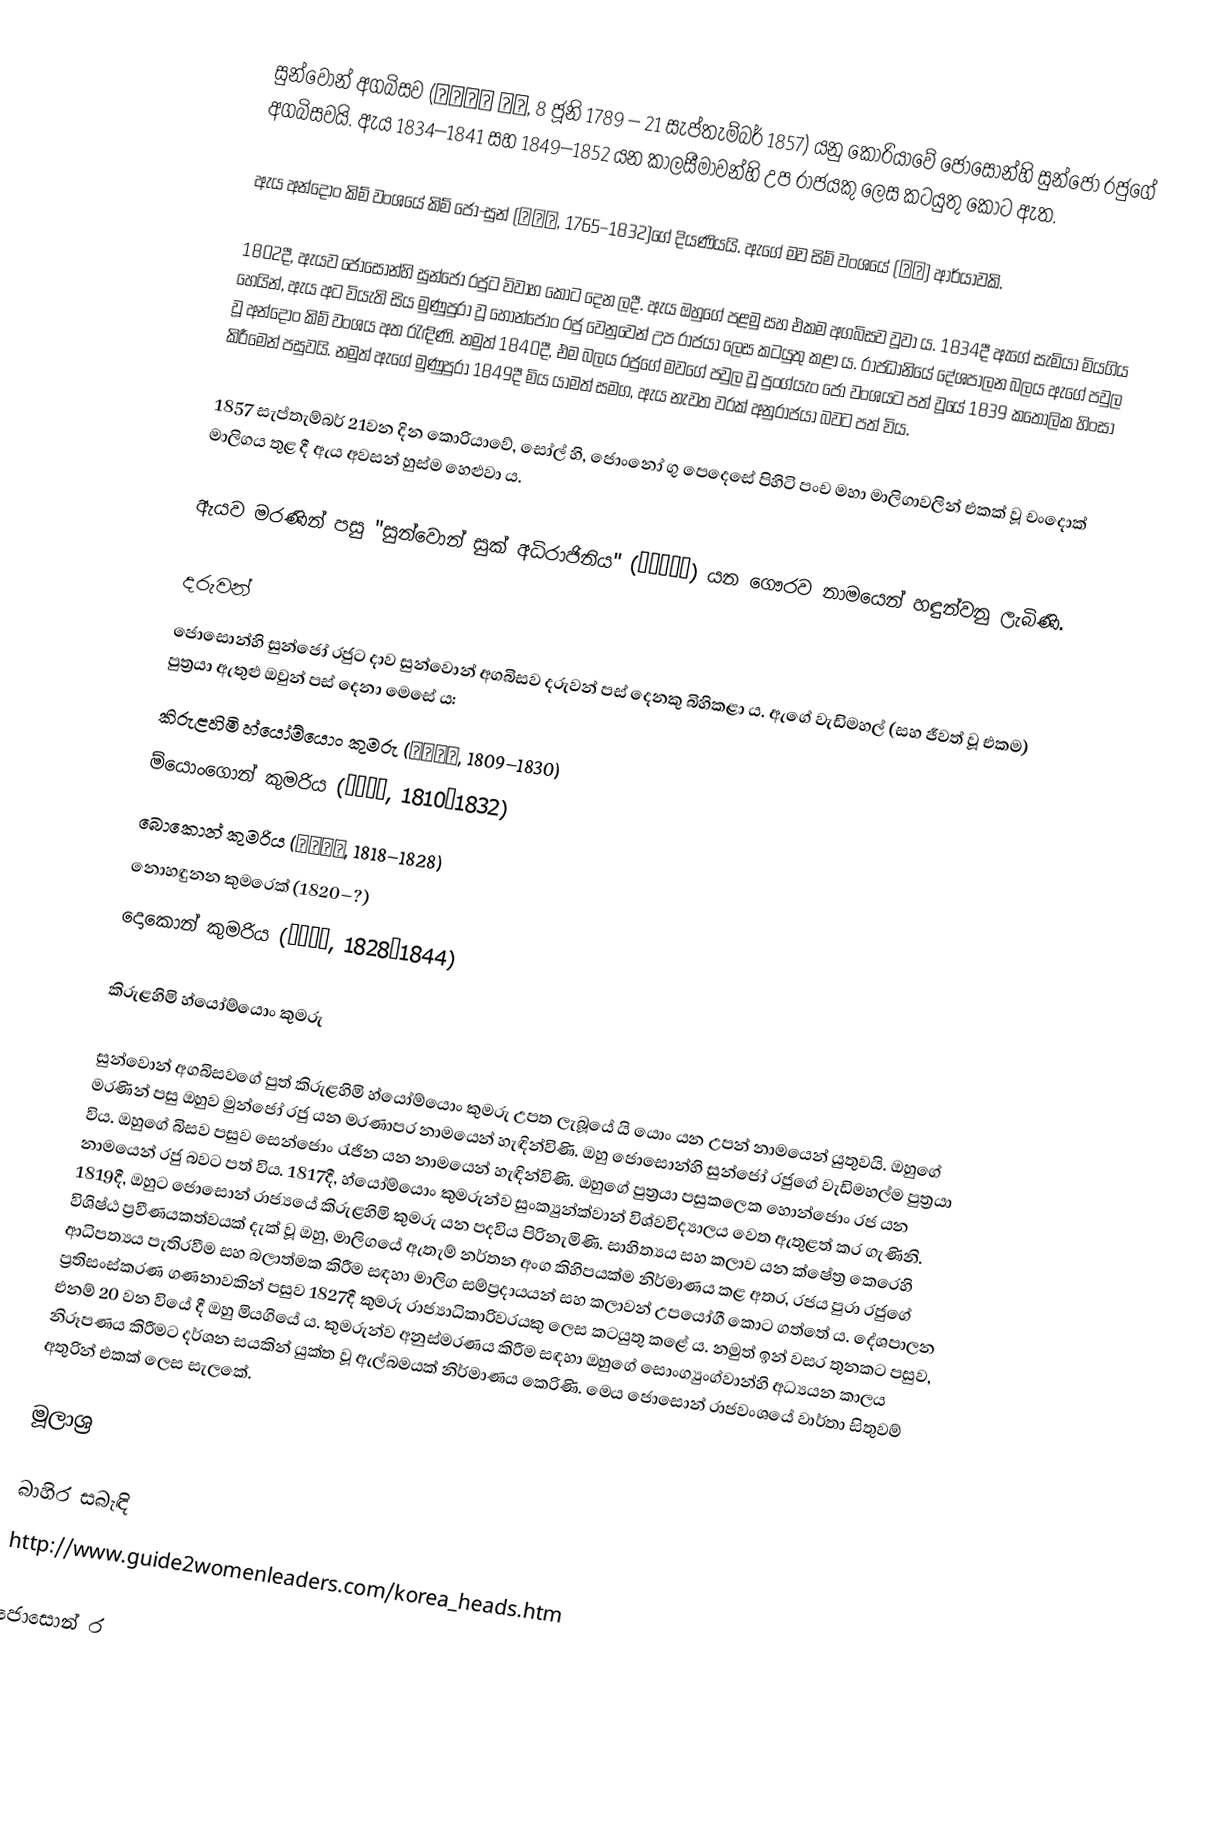
සුන්වොන් අගබිසව (순원왕후 김씨, 8 ජූනි 1789 – 21 සැප්තැම්බර් 1857) යනු කොරියාවේ ජොසොන්හි සුන්ජෝ රජුගේ අගබිසවයි. ඇය 1834–1841 සහ 1849–1852 යන කාලසීමාවන්හි උප රාජයකු ලෙස කටයුතු කොට ඇත.

ඇය අන්දොං කිම් වංශයේ කිම් ජෝ-සුන් (김조순, 1765–1832)ගේ දියණියයි. ඇගේ මව සිම් වංශයේ (심씨) ආර්යාවකි.

1802දී, ඇයව ජොසොන්හි සුන්ජෝ රජුට විවාහ කොට දෙන ලදී. ඇය ඔහුගේ පළමු සහ එකම අගබිසව වූවා ය. 1834දී ඇගේ සැමියා මියගිය හෙයින්, ඇය අට වියැති සිය මුණුපුරා වූ හොන්ජොං රජු වෙනුවෙන් උප රාජයා ලෙස කටයුතු කළා ය. රාජධානියේ දේශපාලන බලය ඇගේ පවුල වූ අන්දොං කිම් වංශය අත රැඳිණි. නමුත් 1840දී, එම බලය රජුගේ මවගේ පවුල වූ පුංග්යැං ජෝ වංශයට පත් වූයේ 1839 කතෝලික හිංසා කිරීමෙන් පසුවයි. නමුත් ඇගේ මුණුපුරා 1849දී මිය යාමත් සමග, ඇය නැවත වරක් අනුරාජයා බවට පත් විය.

1857 සැප්තැම්බර් 21වන දින කොරියාවේ, සෝල් හි, ජොංනෝ ගු පෙදෙසේ පිහිටි පංච මහා මාලිගාවලින් එකක් වූ චංදොක් මාලිගය තුළ දී ඇය අවසන් හුස්ම හෙළුවා ය.

ඇයව මරණින් පසු "සුන්වොන් සුක් අධිරාජිනිය" (순원숙황후) යන ගෞරව නාමයෙන් හඳුන්වනු ලැබිණි.

දරුවන්
ජොසොන්හි සුන්ජෝ රජුට දාව සුන්වොන් අගබිසව දරුවන් පස් දෙනකු බිහිකළා ය. ඇගේ වැඩිමහල් (සහ ජීවත් වූ එකම) පුත්‍රයා ඇතුළු ඔවුන් පස් දෙනා මෙසේ ය:
කිරුළහිමි හ්යෝම්යොං කුමරු (효명세자, 1809–1830)
ම්යොංගොන් කුමරිය (명온공주, 1810–1832)
බොකොන් කුමරිය (복온공주, 1818–1828)
නොහඳුනන කුමරෙක් (1820–?)
දොකොන් කුමරිය (덕온공주, 1828–1844)

කිරුළහිමි හ්යෝම්යොං කුමරු

සුන්වොන් අගබිසවගේ පුත් කිරුළහිමි හ්යෝම්යොං කුමරු උපත ලැබූයේ යි යොං යන උපන් නාමයෙන් යුතුවයි. ඔහුගේ මරණින් පසු ඔහුව මුන්ජෝ රජු යන මරණාපර නාමයෙන් හැඳින්විණි. ඔහු ජොසොන්හි සුන්ජෝ රජුගේ වැඩිමහල්ම පුත්‍රයා විය. ඔහුගේ බිසව පසුව සෙන්ජොං රැජින යන නාමයෙන් හැඳින්විණි. ඔහුගේ පුත්‍රයා පසුකලෙක හොන්ජොං රජ යන නාමයෙන් රජු බවට පත් විය. 1817දී, හ්යෝම්යොං කුමරුන්ව සුංක්‍යුන්ක්වාන් විශ්වවිද්‍යාලය වෙත ඇතුළත් කර ගැණිනි. 1819දී, ඔහුට ජොසොන් රාජ්‍යයේ කිරුළහිමි කුමරු යන පදවිය පිරිනැමිණි. සාහිත්‍යය සහ කලාව යන ක්ෂේත්‍ර කෙරෙහි විශිෂ්ඨ ප්‍රවීණයකත්වයක් දැක් වූ ඔහු, මාලිගයේ ඇතැම් නර්තන අංග කිහිපයක්ම නිර්මාණය කළ අතර, රජය පුරා රජුගේ ආධිපත්‍යය පැතිරවීම සහ බලාත්මක කිරීම සඳහා මාලිග සම්ප්‍රදායයන් සහ කලාවන් උපයෝගී කොට ගත්තේ ය. දේශපාලන ප්‍රතිසංස්කරණ ගණනාවකින් පසුව 1827දී කුමරු රාජ්‍යාධිකාරිවරයකු ලෙස කටයුතු කළේ ය. නමුත් ඉන් වසර තුනකට පසුව, එනම් 20 වන වියේ දී ඔහු මියගියේ ය. කුමරුන්ව අනුස්මරණය කිරීම සඳහා ඔහුගේ සොංග්‍යුංග්වාන්හි අධ්‍යයන කාලය නිරූපණය කිරීමට දර්ශන සයකින් යුක්ත වූ ඇල්බමයක් නිර්මාණය කෙරිණි. මෙය ජොසොන් රාජවංශයේ වාර්තා සිතුවම් අතුරින් එකක් ලෙස සැලකේ.

මූලාශ්‍ර

බාහිර සබැඳි
 http://www.guide2womenleaders.com/korea_heads.htm

ජොසොන් ර